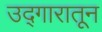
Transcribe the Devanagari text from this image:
उद्गारातून